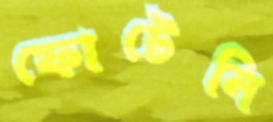
ফোটেনি